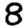
Digit: 8